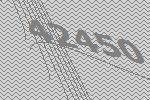
42450